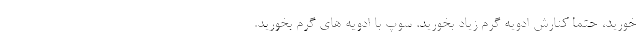
خورید، حتماً کنارش ادویه گرم زیاد بخورید. سوپ با ادویه های گرم بخورید.